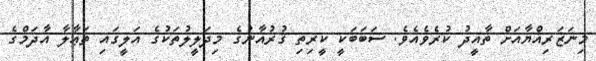
މިނަޒަރިއްޔާއަށް ތާއީދު ކުރެވެއެވެ. ސަބަބަކީ ކީރިތި ޤުރުއާނުގެ މިދަލީލުތަކުގެ އަލީގައި ތަޢާލާ އާދަމްގެ